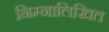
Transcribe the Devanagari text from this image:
निम्नालिखित